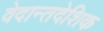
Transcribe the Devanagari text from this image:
वेदान्तदेशिक